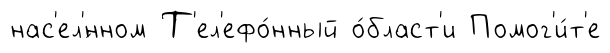
нас'ел'́нном Т'ел'ефо́нный о́бласт'и Помог'и́т'е